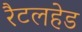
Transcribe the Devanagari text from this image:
रैटलहेड